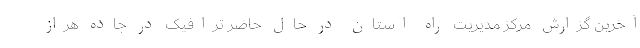
آخرین گزارش مرکز مدیریت راه استان در حال حاضر ترافیک در جاده هراز